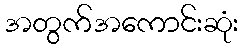
အတွက်အကောင်းဆုံး